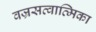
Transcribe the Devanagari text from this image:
वज्रसत्वात्मिका